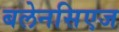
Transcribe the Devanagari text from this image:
बलेनसिएज